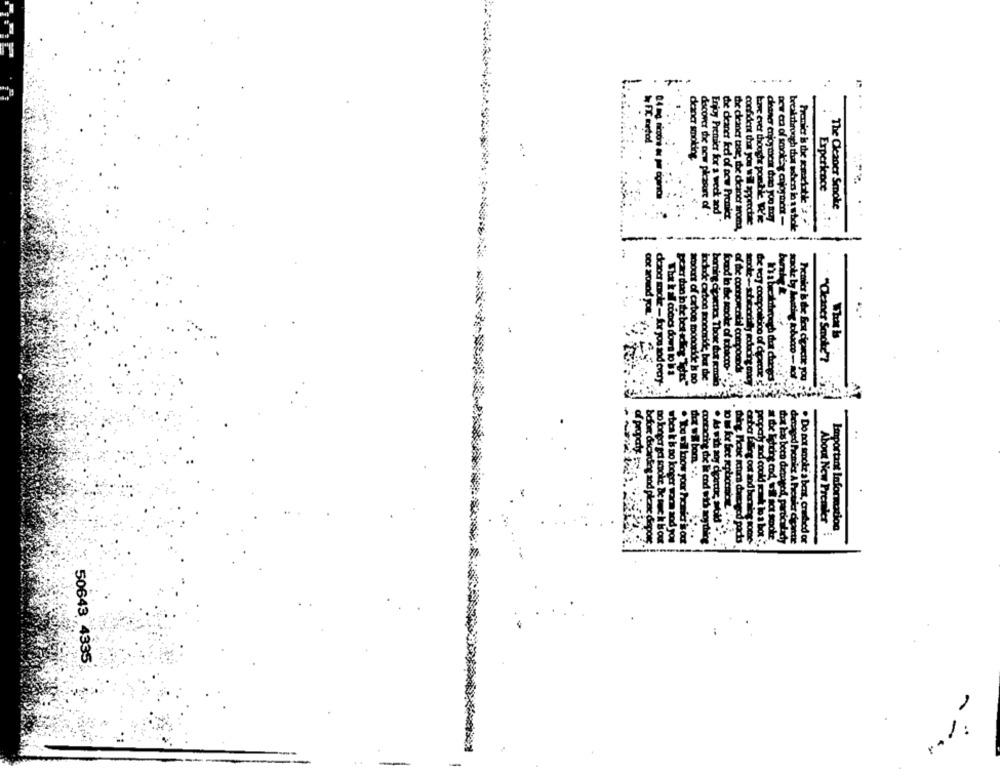
denar smoking.
Expericoce
0.4 mg. niccore os pe ciganos
The Cleaner Smoke
dacover the new pleasure of .
Enjoy Premier for a weck and
the cleaner fed of pow Premier
the cleaner tree, the deaner trom
confident that you wil appeectse
have ever thoogte porthie We're
pow era of smoke enjoyment -
Premier is the somadothe':
breakthrough that sabers io a whole
----------
"Cleaner Sencke"?
The k all comes down to b a
of the contorcabal compounds
amount of carbon mooorkde Is Do
boming cipacties Thor to gomio
found in the smoke of tobacco-""."
ya beabrooch dot changes
spoke by heating tobacco - mot
Premier & the Best cigarette you
deaoc mole - for you sod every-
lodode carbon soondride, but the .
af propaty to
Important Information
before dacarding and please dlapor
About New Premier
Do longer got scooke de sac k bs out
wbea i b po kooper warm zod you
contacting die lie end with soything
. As with soy deantic sold
progod packs
propoly and coold cuk lo a bot ..
det les boco denaged, particularly
. Do not smotr'a bent, crab ed or
50643 4335